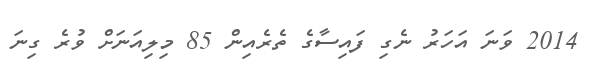
2014 ވަނަ އަހަރު ނެގި ފައިސާގެ ތެރެއިން 85 މިލިއަނަށް ވުރެ ގިނަ